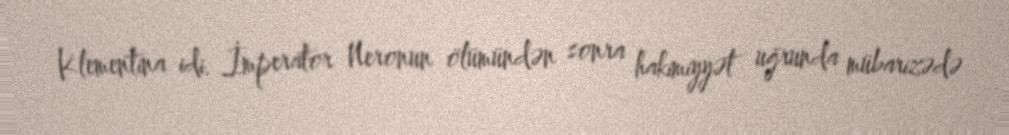
Klementina idi. İmperator Neronun ölümündən sonra hakimiyyət uğrunda mübarizədə